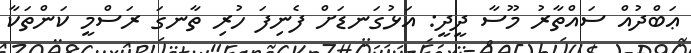
ޢަބްދުއް ސައްތާރު މޫސާ ދީދީ: އަޅުގަނޑަށް ފެނިފަ ހުރި ތާނގަ ރަސްމީ ކަންތަކާ